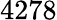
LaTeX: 4278